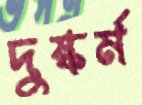
দুষ্কর্ম